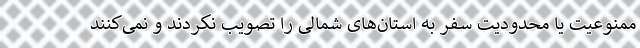
ممنوعیت یا محدودیت سفر به استان‌های شمالی را تصویب نکردند و نمی‌کنند